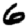
Digit: 6